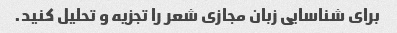
برای شناسایی زبان مجازی شعر را تجزیه و تحلیل کنید.